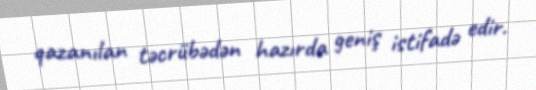
qazanılan təcrübədən hazırda geniş istifadə edir.